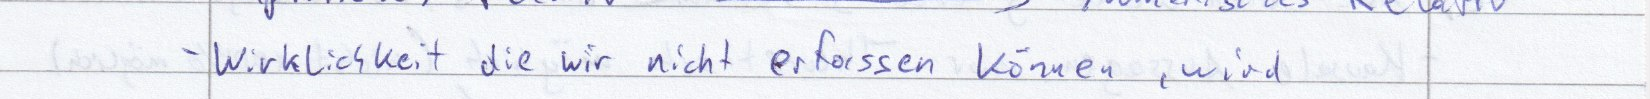
- Wirklichkeit die wir nicht erfassen können, wird